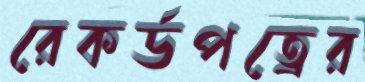
রেকর্ডপত্রের